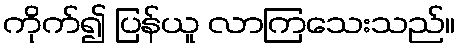
ကိုက်၍ ပြန်ယူ လာကြသေးသည်။